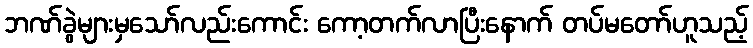
ဘဏ်ခွဲများမှသော်လည်းကောင်း ကော့တက်လာပြီးနောက် တပ်မတော်ဟူသည့်